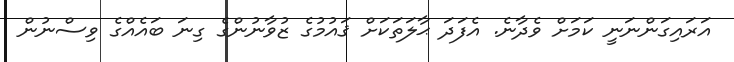
އަރައިގަންނަނީ ކަމަށް ވެދާނެ. އެފަދަ ޙާލަތަކަށް ޤައުމުގެ ޒުވާނުންގެ ގިނަ ބައެއްގެ ވިސްނުން